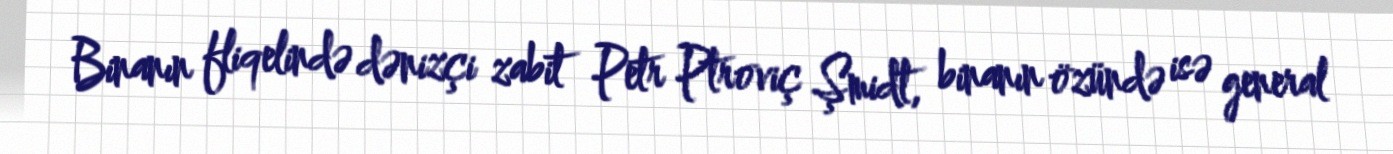
Binanın fliqelində dənizçi zabit Petr Ptroviç Şmidt, binanın özündə isə general